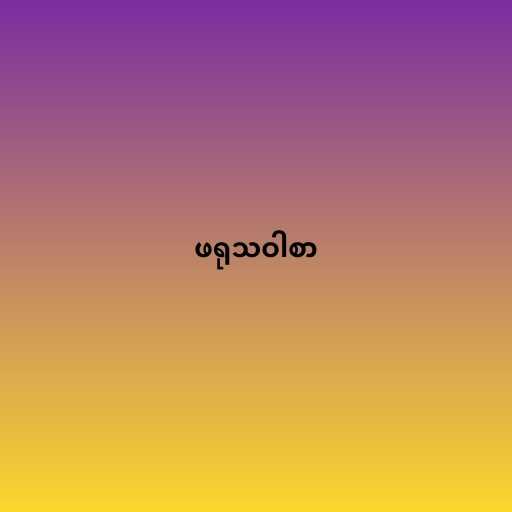
ဖရုသဝါစာ